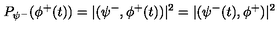
P _ { \psi ^ { - } } ( \phi ^ { + } ( t ) ) = | ( \psi ^ { - } , \phi ^ { + } ( t ) ) | ^ { 2 } = | ( \psi ^ { - } ( t ) , \phi ^ { + } ) | ^ { 2 }